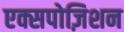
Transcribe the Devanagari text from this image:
एक्सपोज़िशन